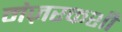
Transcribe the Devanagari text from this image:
मंज़रकशी